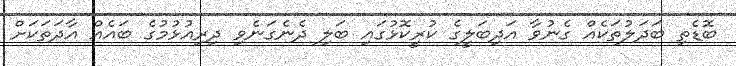
ބޮޑެތި ބަދަލުތަކެއް ގެނުވާ އަދިބަލީގެ ކުރީކޮޅުގައި ބަލި ދެނެގަނެވި ދިރިއުޅުމުގެ ބައެއް އާދަތަކަށް